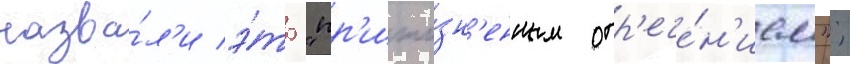
назва́л'и э́то "пр'ижи́зн'енным отр'ече́н'ием";